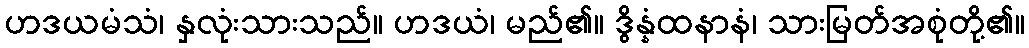
ဟဒယမံသံ၊ နှလုံးသားသည်။ ဟဒယံ၊ မည်၏။ ဒွိန္နံထနာနံ၊ သားမြတ်အစုံတို့၏။